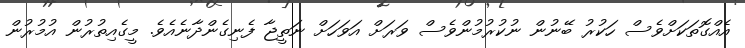
އެއްގޮތަކަށްވެސް ހަކުރު ބޭނުން ނުކުރުމުންވެސް ވަރަށް އަވަހަށް ނަތީޖާ ފެނިގެންދާނެއެވެ. މީގެއިތުރުން އުމުރުން